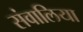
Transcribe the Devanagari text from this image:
संवालिया